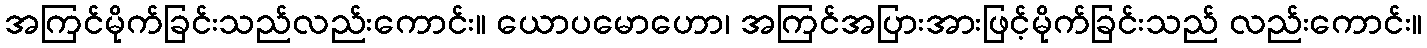
အကြင်မိုက်ခြင်းသည်လည်းကောင်း။ ယောပမောဟော၊ အကြင်အပြားအားဖြင့်မိုက်ခြင်းသည် လည်းကောင်း။